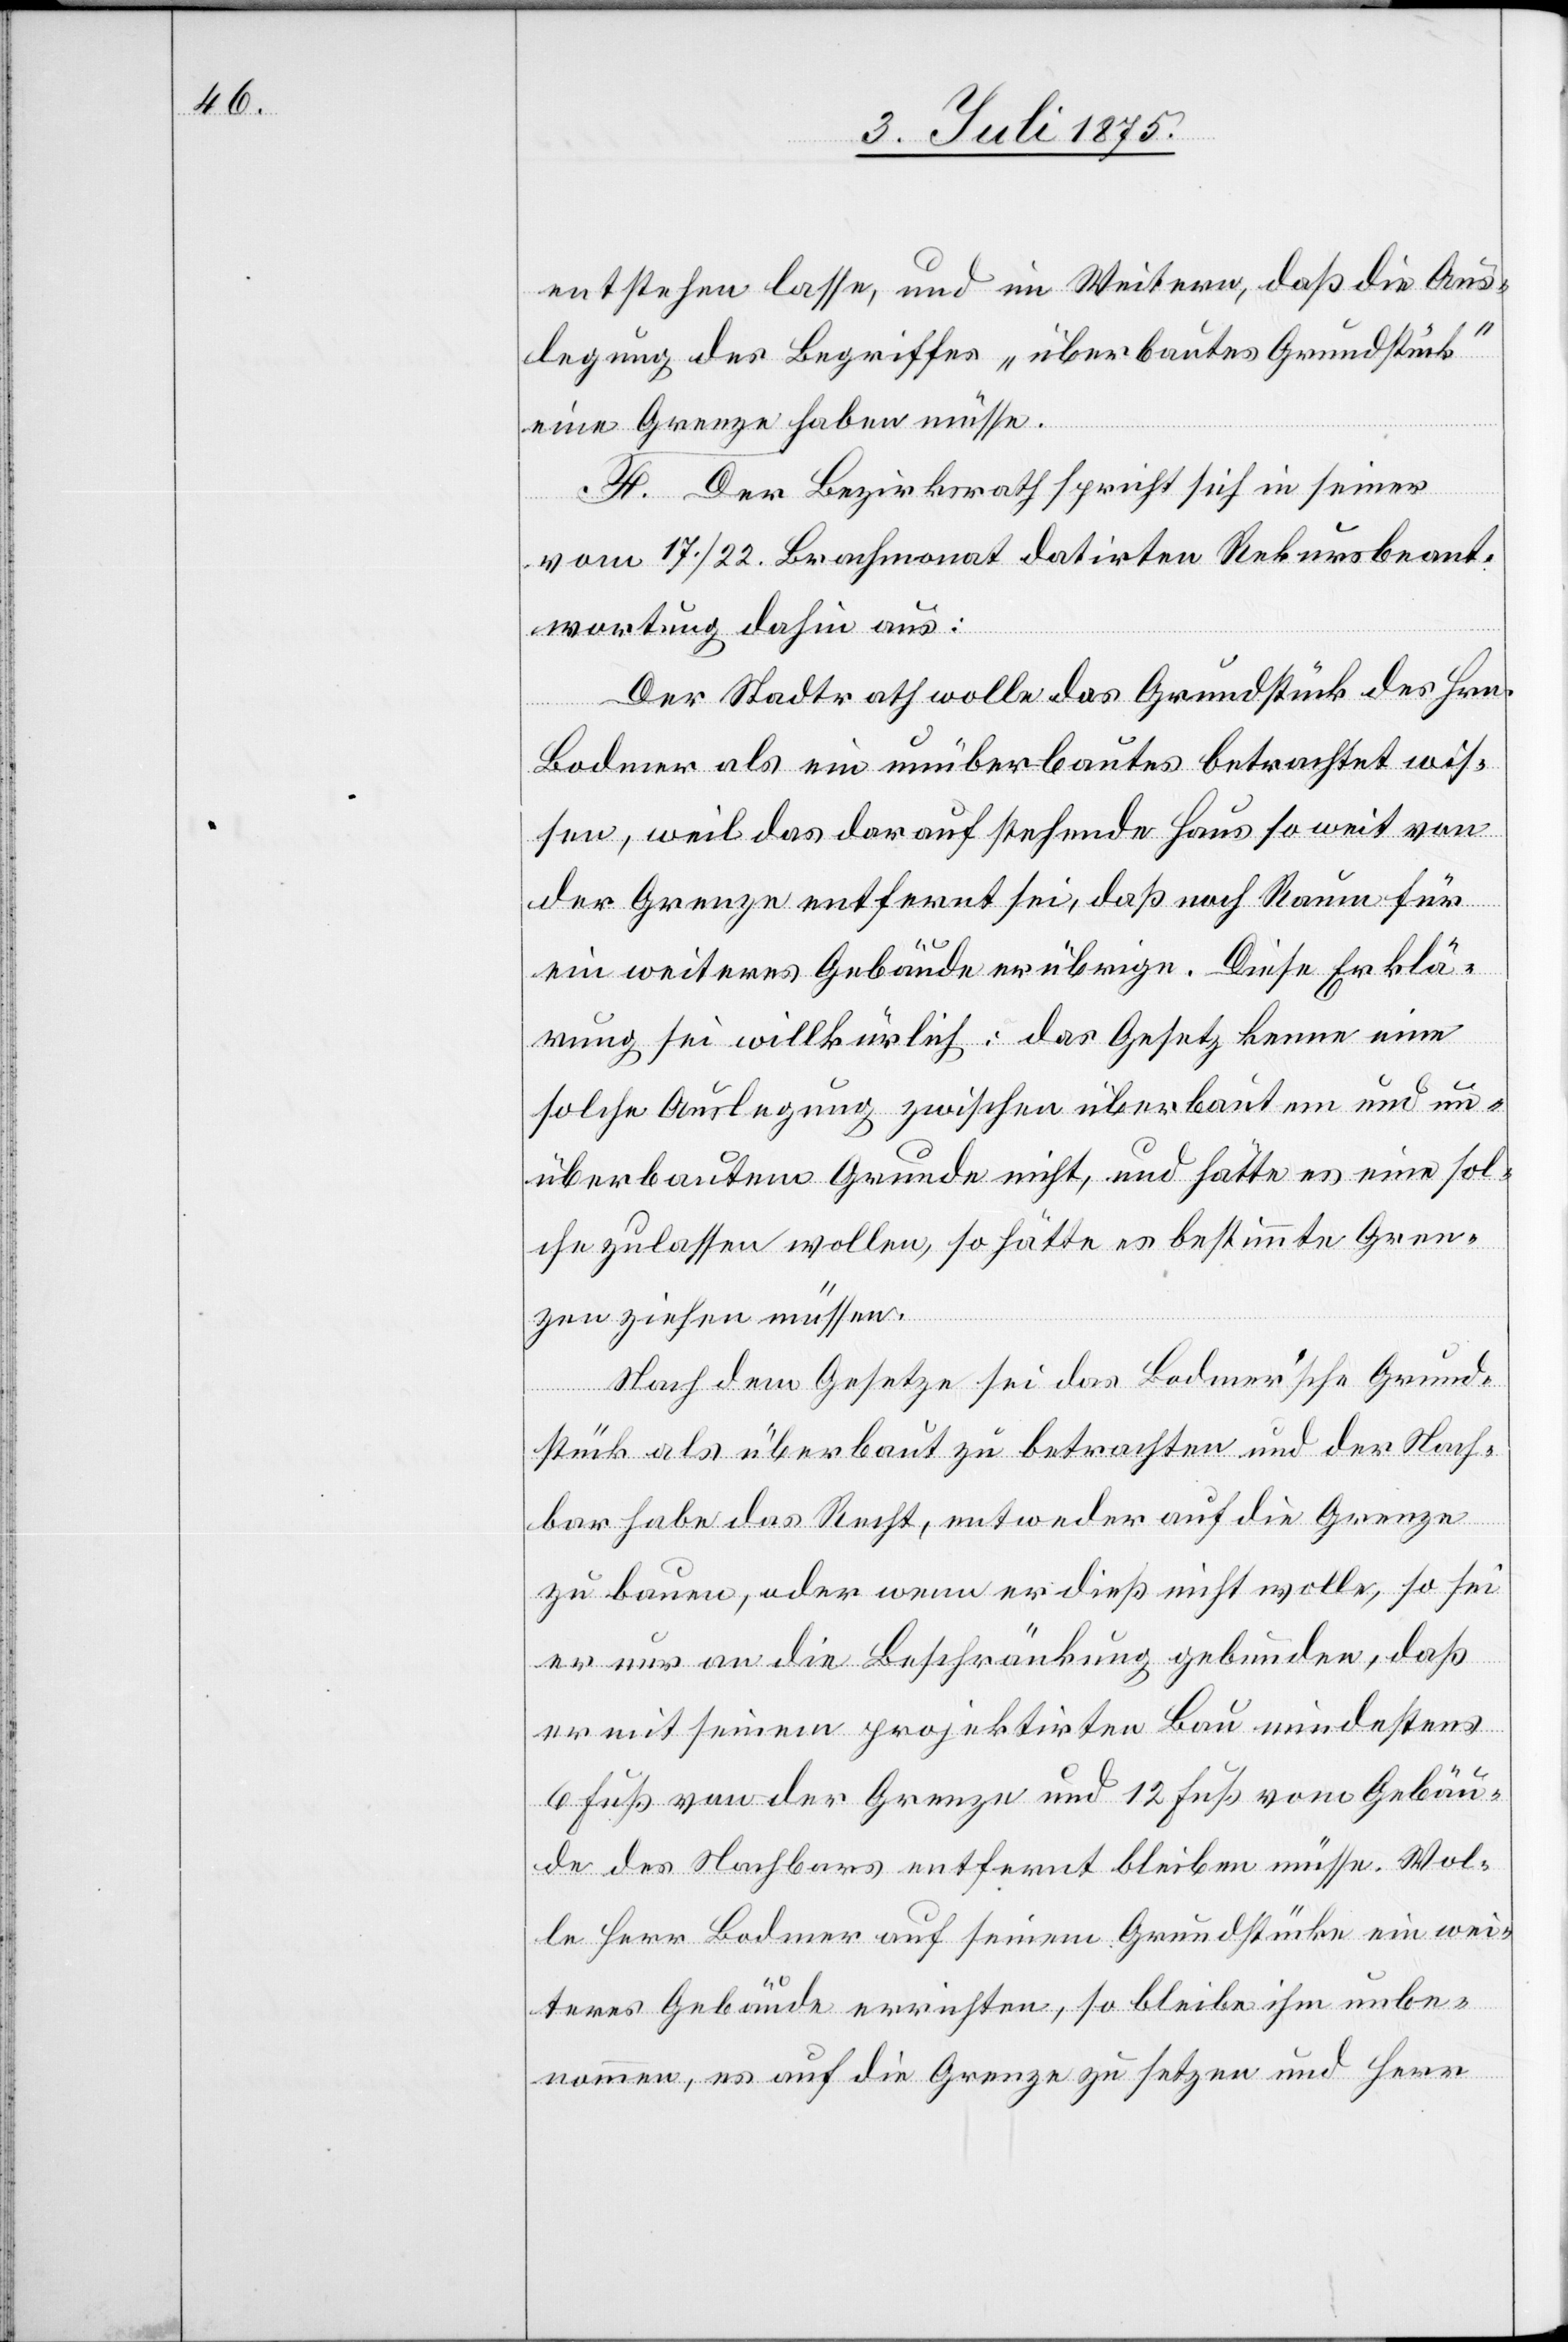
entstehen lasse, und im Weitern, daß die Aus¬
legung des Begriffes „überbautes Grundstück“
eine Grenze haben müsse.
F. Der Bezirksrath spricht sich in seiner
vom 17./22. Brachmonat datirten Rekursbeant¬
wortung dahin aus:
Der Stadtrath wolle das Grundstück des Hrn.
Bodmer als ein unüberbautes betrachtet wis¬
sen, weil das darauf stehende Haus so weit von
der Grenze entfernt sei, daß noch Raum für
ein weiteres Gebäude erübrige. Diese Erklä¬
rung sei willkürlich: das Gesetz kenne eine
solche Auslegung zwischen überbautem und un¬
überbautem Grunde nicht, und hätte es eine sol¬
che zulassen wollen, so hätte es bestimmte Gren¬
zen ziehen müssen.
Nach dem Gesetze sei das Bodmer’sche Grund¬
stück als überbaut zu betrachten und der Nach¬
bar habe das Recht, entweder auf die Grenze
zu bauen, oder wenn er dieß nicht wolle, so sei
er nur an die Beschränkung gebunden, daß
er mit seinem projektirten Bau mindestens
6 Fuß von der Grenze und 12 Fuß vom Gebäu¬
de des Nachbars entfernt bleiben müsse. Wol¬
le Herr Bodmer auf seinem Grundstücke ein wei¬
teres Gebäude errichten, so bleibe ihm unbe¬
nommen, es auf die Grenze zu setzen und Herr